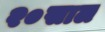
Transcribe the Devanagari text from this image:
२०साल